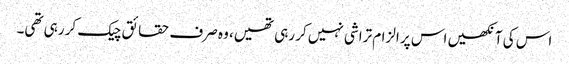
اس کی آنکھیں اس پر الزام تراشی نہیں کر رہی تھیں، وہ صرف حقائق چیک کر رہی تھی۔